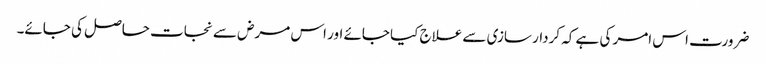
ضرورت اس امر کی ہے کہ کردار سازی سے علاج کیا جائے اور اس مرض سے نجات حاصل کی جائے۔